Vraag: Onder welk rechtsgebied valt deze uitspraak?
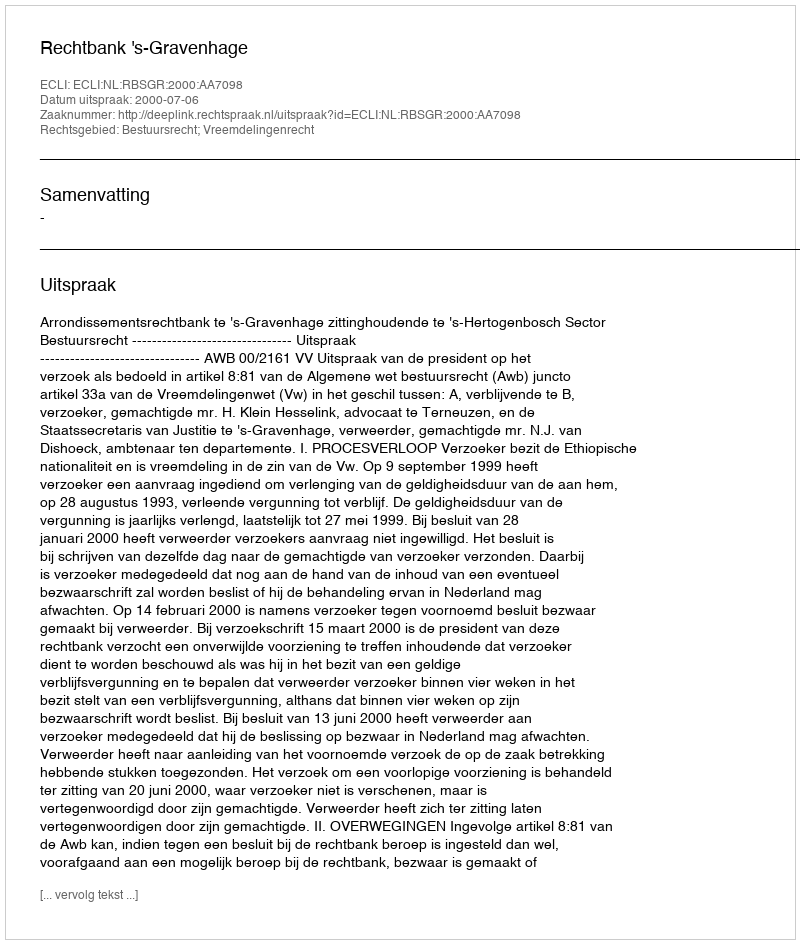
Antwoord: Bestuursrecht; Vreemdelingenrecht